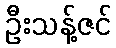
ဦးသန့်ဇင်